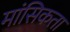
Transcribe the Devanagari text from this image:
मांसिकता